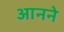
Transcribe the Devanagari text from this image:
आनने